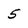
Character: 5